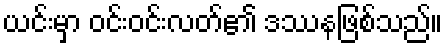
ယင်းမှာ ဝင်းဝင်းလတ်၏ ဒဿနဖြစ်သည်။